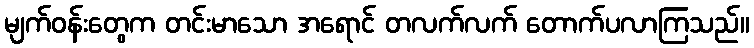
မျက်ဝန်းတွေက တင်းမာသော အရောင် တလက်လက် တောက်ပလာကြသည်။